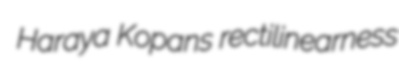
Haraya Kopans rectilinearness